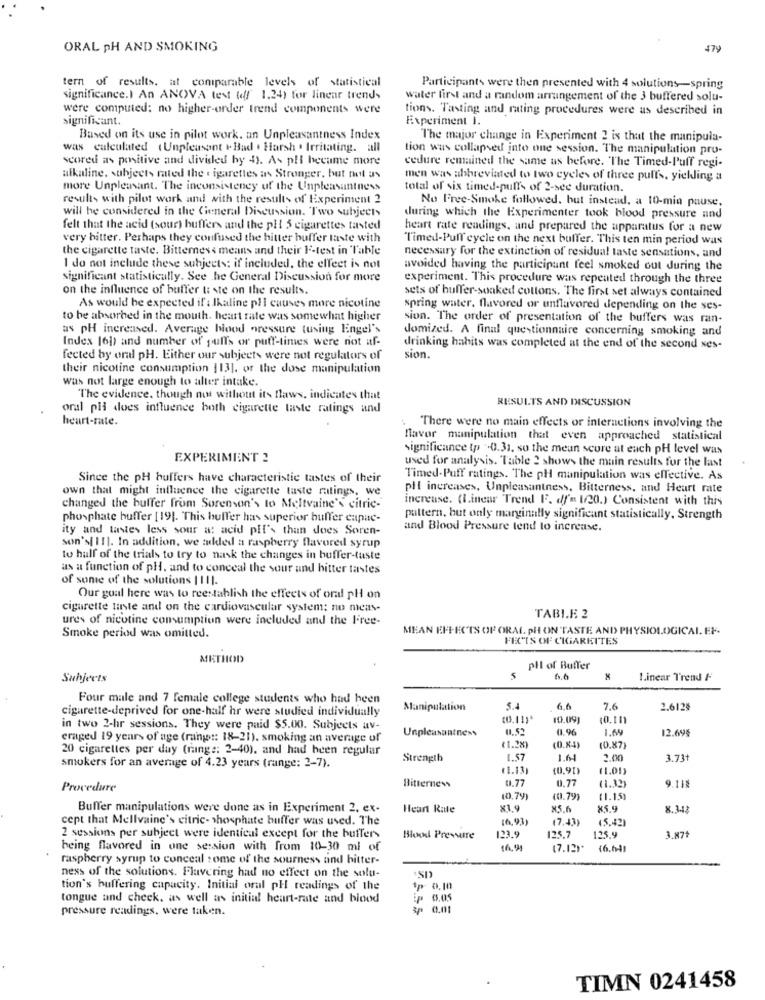
ORAL PH AND SMOKING
479
tern of results, at coniparable levels of statistical
Participants were then presented with 4 solutions-spring
significance.) An ANOVA test (off 1.24) for linear trends
water first and a random arrangement of the 3 buffered solu-
were computed: no higher-order trend components were
tions. Tasting and rating procedures were as described in
significant.
Experiment I.
Based on its use in pilot work. an Unpleasantness Index
The major change in Experiment 2 is that the manipula-
was calculated (Unpleasant t Bad . Harsh . Irritating. all
tion was collapsed into one session. The manipulation pro-
scored as positive and divisled by 4). As pH became more
cedure remained the same as before. The Timed-Puff regi-
alkaline. subjects rated the . igarettes as Stronger, but not as
men was abbreviated to two eyeles of three puff's, yielding a
more Unpleasant. The inconsistency of the Unpleasantness
total of six timed-puffs of 2-see duration.
results with pilot work and with the results of Experiment 2
No Free-Smoke followed, but instead, a 10-min pause,
will be considered in the Cieneral Discussion. Two subjects
during which the Experimenter took blood pressure and
felt that the acid (sour) buffers and the pl 5 cigarettes tasted
heart rate readings, and prepared the apparatus for a new
very bitter. Perhaps they confused the bitter buffer taste with
Timed-Pull cycle on the next buffer. This ten min period was
the cigarette taste. Bitterness means and their F-test in Table
necessary for the extinction of residual taste sensations, and
I do not include these subjects: if included, the effect is not
avoided having the participant feel smoked out during the
significant statistically. See he General Discussion for more
experiment. This procedure was repeated through the three
on the influence of buffer & ste on the results.
sets of buffer-soaked cottons. The first set always contained
As would be expected if : lhaline pli causes more nicotine
spring water, flavored or unflavored depending on the ses-
to be absorbed in the mouth. heart rate was somewhat higher
sion. The order of presentation of the buffers was ran-
as pH increased. Average blood pressure (using Engel's
domized. A final questionnaire concerning smoking and
Index [6]) and number of puffs or puff-times were not af-
drinking habits was completed at the end of the second ses-
fected by oral pH. Either our subjects were not regulators of
sion.
their nicotine consumption 1131, or the dose manipulation
was not large enough to alter intake.
The evidence, though not without its flaws, indicates that
RESULTS AND DISCUSSION
oral pil does influence both cigarette taste ratings and
heart-rate.
There were no main effects or interactions involving the
favor manipulation that even approached statistical
significance tp '0.31, so the mean score at each pH level was
EXPERIMENT 2
used for analysis. Table 2 shows the main results for the last
Since the pH buffers have characteristic tastes of their
Timed-Puff ratings. The pH manipulation was effective. As
own that might influence the cigarette taste ratings, we
pit increases, Unpleasantness, Bitterness, and Heart rate
increase. (I.inear Trend F. df'e 1/20.) Consistent with this
changed the buffer from Sorenson's to Meltvaine's citric-
phosphate buffer [19]. This buffer has superior buffer capac-
pattern, but only marginally significant statistically, Strength
ity and tastes less sour a: acid plf's than does Soren-
and Blood Pressure tend to increase.
son's[ 11]. In addition, we added a raspberry flavored syrup
to half of the trials to try to nask the changes in buffer-taste
as a function of pH, and to conceal the sour und hitter tastes
of some of the solutions |111.
Our goal here was to reestablish the effects of oral pl on
cigarette tante and on the cardiovascular system; no mens-
ures of nicotine consumption were included and the Free-
TABLE 2
MEAN EFFECTS OF ORAL PH ON TASTE AND PHYSIOLOGICAL. EF-
Smoke period was omitted.
FECTS OF CIGARKITES
METHOD
pll of Buffer
Subjects
6.6
Linear Trend F
Four male and 7 female college students who had heen
cigarette-deprived for one-half hr were studied individually
Manipulation
5.4
6.6
7.6
2.6128
(0.11)*
10.09]
10.111
in two 2-hr sessions. They were paid $5.00. Subjects av-
Unpleasantness
0.52
0.96
1.69
12.695
eraged 19 years of age (rang :: 18-21). smoking an average of
20 cigarettes per day (range: 2-40). and had been regular
(1.2%)
(0.84)
(0.87)
Strength
1.57
1.64
2.00
3.73t
smokers for an average of 4.23 years (range: 2-7).
$1.13
(0,90)
(1.05)
Bitterness
0.77
0.77
9.118
Procedure
(1.32)
10,79)
(0.79)
(1.15)
Buffer manipulations were done as in Experiment 2, ex-
Heart Rate
x1.9
85.6
x5.9
8.3.42
cept that Mellvaine's citric- phosphate buffer was used. The
16,93)
17.43)
(5.42)
2 sessions per subject were identical except for the buffer-
Blood Pressure
123.9
125.7
135.9
3.87+
being flavored in one session with from 10-30 ml of
(7.12)*
16. M)
raspberry syrup to conceal some of the sourness and bitter-
ness of the solutions. Flavering had no effect on the solu-
tion's buffering capacity. Initial oral pH readings of the
1p 0.10
tongue and cheek, as well as initial heart-rate and blood
6.05
pressure readings, were taken.
sp 0,01
TIMN 0241458